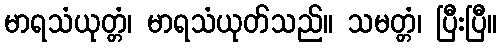
မာရသံယုတ္တံ၊ မာရသံယုတ်သည်။ သမတ္တံ၊ ပြီးပြီ။